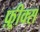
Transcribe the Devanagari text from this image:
फ़्रीक्स